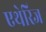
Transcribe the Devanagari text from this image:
एथेरिज